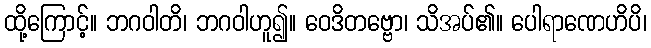
ထို့ကြောင့်။ ဘဂဝါတိ၊ ဘဂဝါဟူ၍။ ဝေဒိတဗ္ဗော၊ သိအပ်၏။ ပေါရာဏေဟိပိ၊